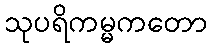
သုပရိကမ္မကတော